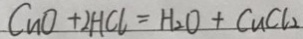
C u O + 2 H C l = H _ { 2 } O + C u C l _ { 2 }